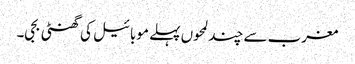
مغرب سے چند لمحوں پہلے موبائیل کی گھنٹی بجی۔